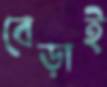
বেড়াই